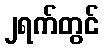
၂ရက်တွင်